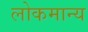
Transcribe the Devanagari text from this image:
लोकमान्‍य